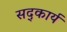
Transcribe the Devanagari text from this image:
सद्कार्य